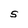
Character: 5